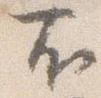
右